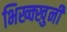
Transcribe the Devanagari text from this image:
भिख्क्खुनी